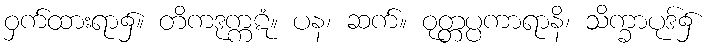
ဝှက်ထားရာ၌။ တိကဒုက္ကဋံ။ ပန၊ ဆက်။ ဝုတ္တပ္ပကာရာနိ၊ သိက္ခာပုဒ်၌